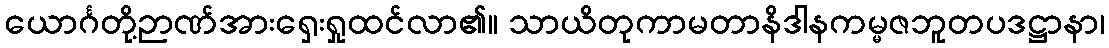
ယောင်္ဂတို့ဉာဏ်အားရှေးရှုထင်လာ၏။ သာယိတုကာမတာနိဒါနကမ္မဇဘူတပဒဋ္ဌာနာ၊